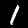
Digit: 1